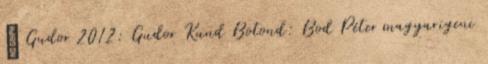
↑ Gudor 2012: Gudor Kund Botond: Bod Péter magyarigeni